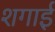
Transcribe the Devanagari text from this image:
शगाई